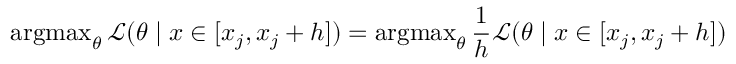
\operatorname { a r g m a x } _ { \theta } { \mathcal { L } } ( \theta \mid x \in [ x _ { j } , x _ { j } + h ] ) = \operatorname { a r g m a x } _ { \theta } { \frac { 1 } { h } } { \mathcal { L } } ( \theta \mid x \in [ x _ { j } , x _ { j } + h ] )